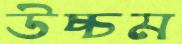
উচ্চম